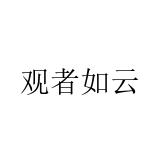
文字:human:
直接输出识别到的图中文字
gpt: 观者如云